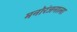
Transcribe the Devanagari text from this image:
मनोरंजनाला